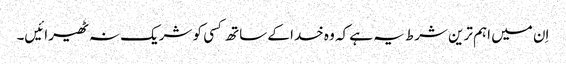
اِن میں اہم ترین شرط یہ ہے کہ وہ خدا کے ساتھ کسی کو شریک نہ ٹھیرائیں۔